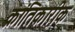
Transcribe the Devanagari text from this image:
क्रांतिकारीक